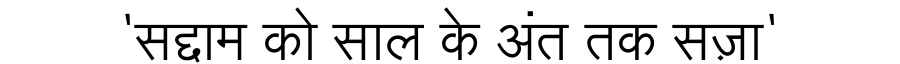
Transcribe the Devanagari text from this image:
'सद्दाम को साल के अंत तक सज़ा'